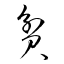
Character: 貧